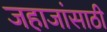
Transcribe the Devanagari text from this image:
जहाजांसाठी